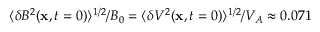
\langle \delta B ^ { 2 } ( \mathbf { x } , t = 0 ) \rangle ^ { 1 / 2 } / B _ { 0 } = \langle \delta V ^ { 2 } ( \mathbf { x } , t = 0 ) \rangle ^ { 1 / 2 } / V _ { A } \approx 0 . 0 7 1